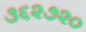
૩૬૨૭૨૦